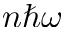
n \hbar \omega